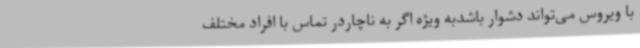
با ویروس می‌تواند دشوار باشدبه ویژه اگر به ناچاردر تماس با افراد مختلف